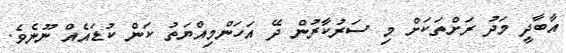
އާބާދީ މަދު ރަށްތަކަށް މި ސަރުކާރުން ދޭ އަހަންމިއްޔަތު ކަން ކުޑައެއް ނޫނެވެ.